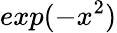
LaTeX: exp(-x^{2})